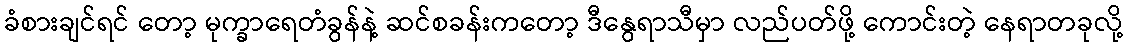
ခံစားချင်ရင် တော့ မုက္ခာရေတံခွန်နဲ့ ဆင်စခန်းကတော့ ဒီနွေရာသီမှာ လည်ပတ်ဖို့ ကောင်းတဲ့ နေရာတခုလို့